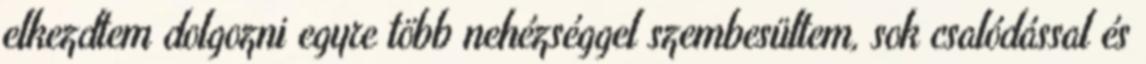
elkezdtem dolgozni egyre több nehézséggel szembesültem, sok csalódással és